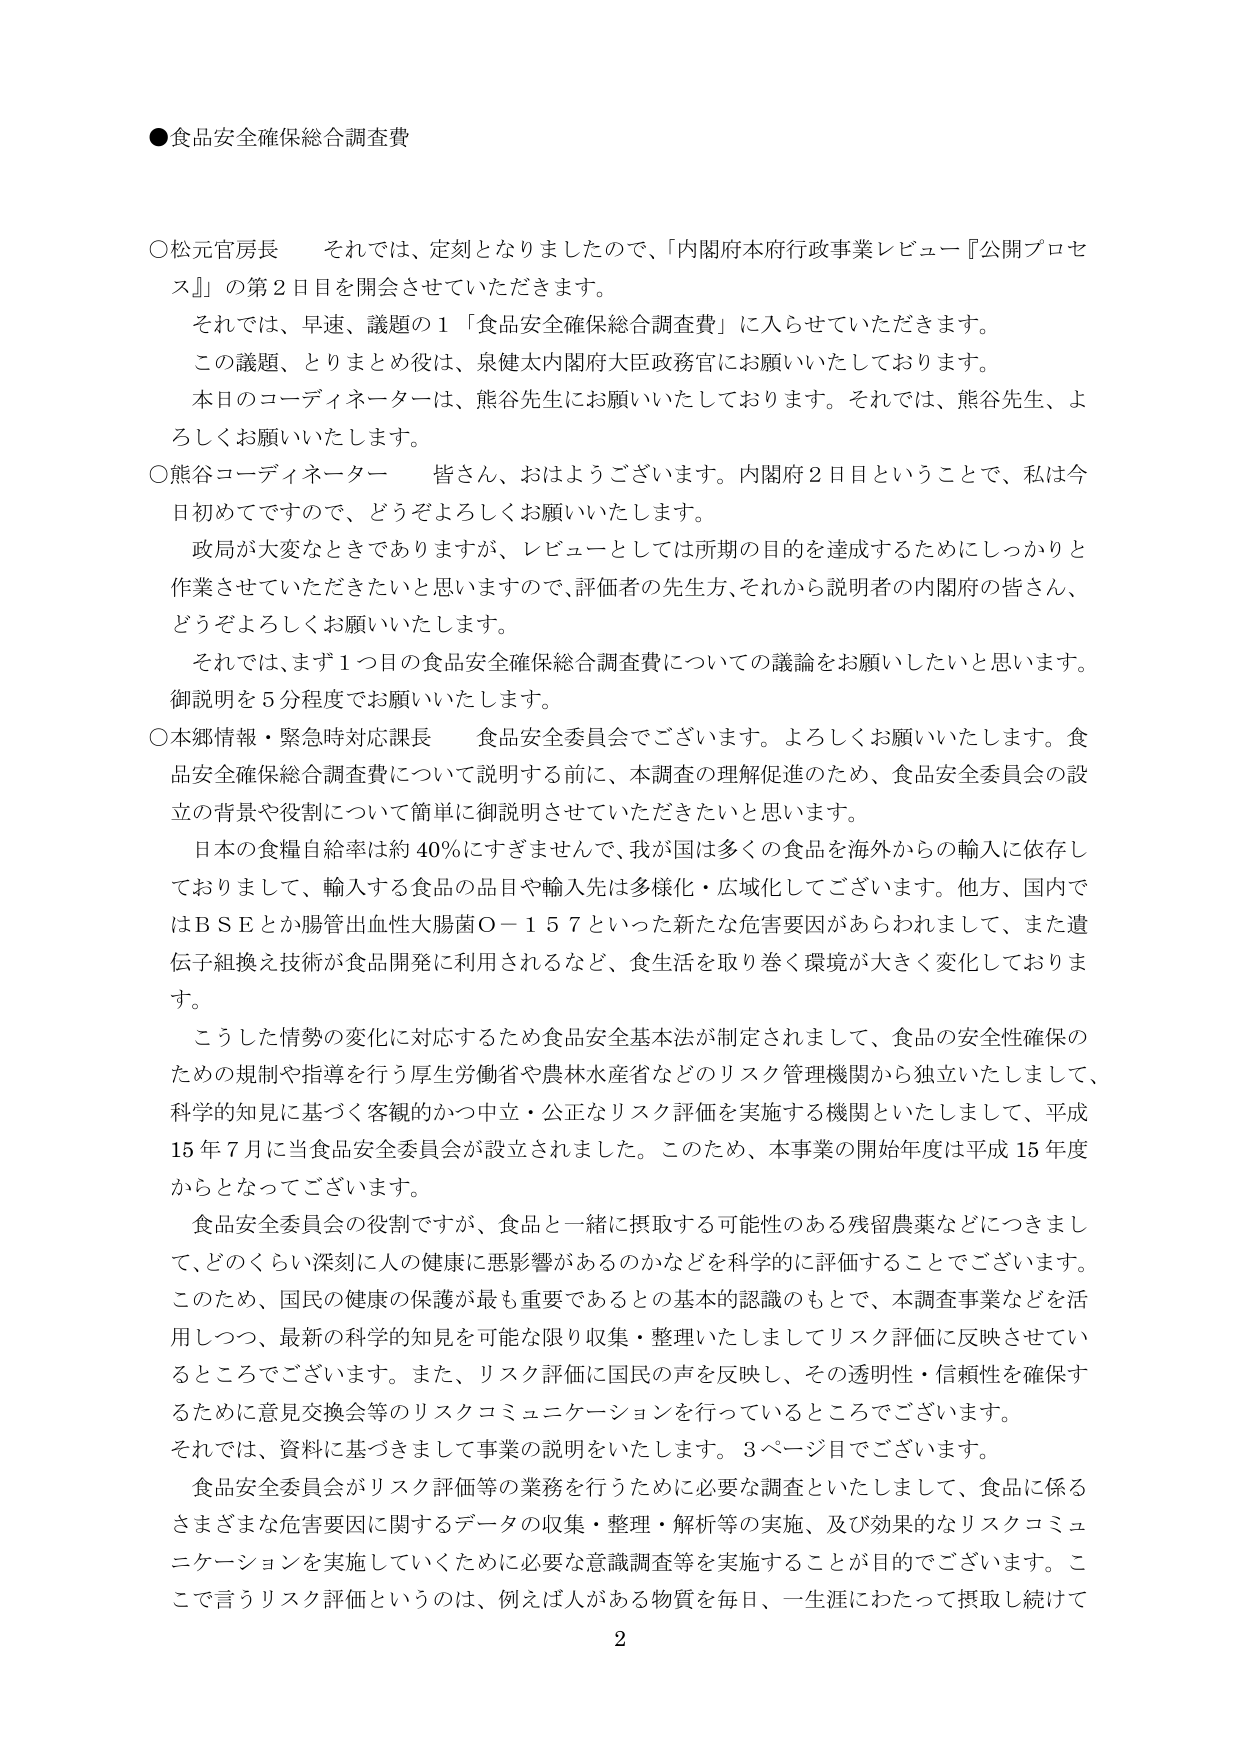
●食品安全確保総合調査費

○松元官房長　それでは、定刻となりましたので、「内閣府本府行政事業レビュー『公開プロセス』」の第2日目を開会させていただきます。
　それでは、早速、議題の1「食品安全確保総合調査費」に入らせていただきます。
　この議題、とりまとめ役は、泉健太内閣府大臣政務官にお願いいたしております。
　本日のコーディネーターは、熊谷先生にお願いいたしております。それでは、熊谷先生、よろしくお願いいたします。

○熊谷コーディネーター　皆さん、おはようございます。内閣府2日目ということで、私は今日初めてですので、どうぞよろしくお願いいたします。
　政局が大変なときでありますますが、レビューとしては所期の目的を達成するためにしっかりと作業をしていただきたいと思いますので、評価者の先生方、それから説明者の内閣府の皆さん、どうぞよろしくお願いいたします。
　それでは、まず1つ目の食品安全確保総合調査費についての議論をお願いしたいと思います。御説明を5分程度でお願いいたします。

○本郷情報・緊急時対応課長　食品安全委員会でございます。よろしくお願いいたします。食品安全確保総合調査費について説明する前に、本調査の理解促進のため、食品安全委員会の設立の背景や役割について簡単に御説明させていただきたいと思います。
　日本の食糧自給率は約40％にすぎませんで、我が国は多くの食品を海外からの輸入に依存しておりまして、輸入する食品の品目や輸入先は多様化・広域化してございます。他方、国内ではBSEとか腸管出血性大腸菌O－157といった新たな危害要因があらわれまして、また遺伝子組換え技術が食品開発に利用されるなど、食生活を取り巻く環境が大きく変化しております。
　こうした情勢の変化に対応するため食品安全基本法が制定されまして、食品の安全性確保のための規制や指導を行う厚生労働省や農林水産省などのリスク管理機関から独立いたしまして、科学的知見に基づく客観的かつ中立・公正なリスク評価を実施する機関といたしまして、平成15年7月に当食品安全委員会が設立されました。このため、本事業の開始年度は平成15年度からとなってございます。
　食品安全委員会の役割ですが、食品と一緒に摂取する可能性のある残留農薬などにつきまして、どのくらい深刻に人の健康に悪影響があるのかなどを科学的に評価することでございます。このため、国民の健康の保護が最も重要であるとの基本的認識のもとで、本調査事業などを活用しつつ、最新の科学的知見を可能な限り収集・整理いたしましてリスク評価に反映させていくところでございます。また、リスク評価に国民の声を反映し、その透明性・信頼性を確保するために意見交換会等のリスクコミュニケーションを行っているところでございます。
　それでは、資料に基づきまして事業の説明をいたします。3ページ目でございます。
　食品安全委員会がリスク評価等の業務を行うために必要な調査といたしまして、食品に係るさまざまな危害要因に関するデータの収集・整理・解析等の実施、及び効果的なリスクコミュニケーションを実施していくために必要な意識調査等を実施することが目的でございます。ここで言うリスク評価というのは、例えば人がある物質を毎日、一生涯にわたって摂取し続けて

2